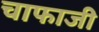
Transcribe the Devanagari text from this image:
चाफाजी